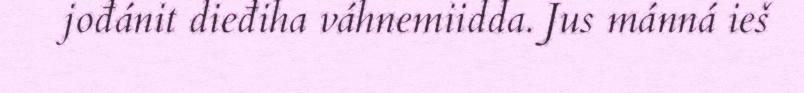
jođánit dieđiha váhnemiidda. Jus mánná ieš